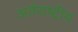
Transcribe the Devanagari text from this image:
अर्तराष्ट्रीय